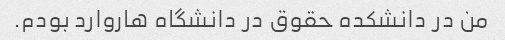
من در دانشکده حقوق در دانشگاه هاروارد بودم.